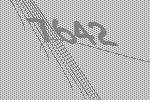
7642